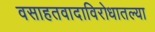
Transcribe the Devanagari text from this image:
वसाहतवादाविरोधातल्या